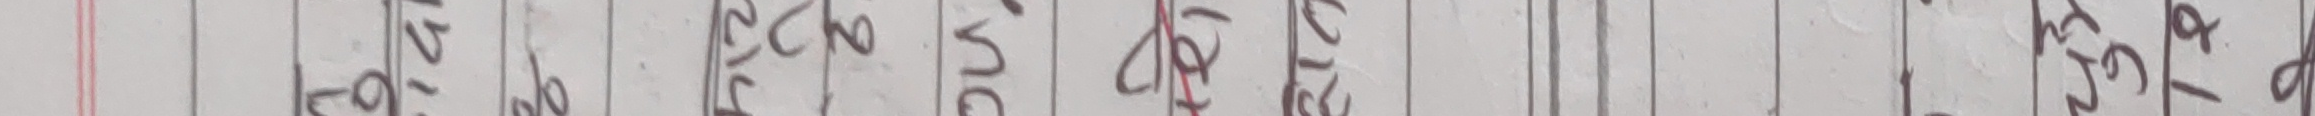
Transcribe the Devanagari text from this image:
१२६ २४० २७ ३०२ ३६२